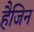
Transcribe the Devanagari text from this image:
हैजिन